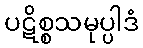
ပဋိစ္စသမုပ္ပါဒံ